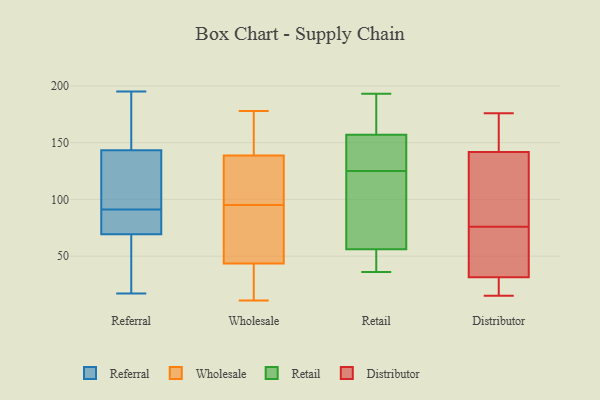
{"axis": {"x": "Production Output", "y": "Value"}, "legend": ["Distributor", "Referral", "Retail", "Wholesale"], "data": [{"x": "", "y": 68, "type": "Referral"}, {"x": "", "y": 73, "type": "Referral"}, {"x": "", "y": 91, "type": "Referral"}, {"x": "", "y": 114, "type": "Referral"}, {"x": "", "y": 162, "type": "Referral"}, {"x": "", "y": 84, "type": "Referral"}, {"x": "", "y": 195, "type": "Referral"}, {"x": "", "y": 17, "type": "Referral"}, {"x": "", "y": 51, "type": "Referral"}, {"x": "", "y": 153, "type": "Referral"}, {"x": "", "y": 111, "type": "Referral"}, {"x": "", "y": 110, "type": "Wholesale"}, {"x": "", "y": 31, "type": "Wholesale"}, {"x": "", "y": 55, "type": "Wholesale"}, {"x": "", "y": 149, "type": "Wholesale"}, {"x": "", "y": 178, "type": "Wholesale"}, {"x": "", "y": 136, "type": "Wholesale"}, {"x": "", "y": 119, "type": "Wholesale"}, {"x": "", "y": 46, "type": "Wholesale"}, {"x": "", "y": 36, "type": "Wholesale"}, {"x": "", "y": 147, "type": "Wholesale"}, {"x": "", "y": 95, "type": "Wholesale"}, {"x": "", "y": 147, "type": "Wholesale"}, {"x": "", "y": 15, "type": "Wholesale"}, {"x": "", "y": 11, "type": "Wholesale"}, {"x": "", "y": 86, "type": "Wholesale"}, {"x": "", "y": 122, "type": "Wholesale"}, {"x": "", "y": 51, "type": "Wholesale"}, {"x": "", "y": 127, "type": "Retail"}, {"x": "", "y": 157, "type": "Retail"}, {"x": "", "y": 40, "type": "Retail"}, {"x": "", "y": 36, "type": "Retail"}, {"x": "", "y": 159, "type": "Retail"}, {"x": "", "y": 193, "type": "Retail"}, {"x": "", "y": 147, "type": "Retail"}, {"x": "", "y": 68, "type": "Retail"}, {"x": "", "y": 168, "type": "Retail"}, {"x": "", "y": 91, "type": "Retail"}, {"x": "", "y": 56, "type": "Retail"}, {"x": "", "y": 67, "type": "Retail"}, {"x": "", "y": 51, "type": "Retail"}, {"x": "", "y": 139, "type": "Retail"}, {"x": "", "y": 160, "type": "Retail"}, {"x": "", "y": 52, "type": "Retail"}, {"x": "", "y": 145, "type": "Retail"}, {"x": "", "y": 123, "type": "Retail"}, {"x": "", "y": 146, "type": "Distributor"}, {"x": "", "y": 27, "type": "Distributor"}, {"x": "", "y": 15, "type": "Distributor"}, {"x": "", "y": 20, "type": "Distributor"}, {"x": "", "y": 62, "type": "Distributor"}, {"x": "", "y": 146, "type": "Distributor"}, {"x": "", "y": 33, "type": "Distributor"}, {"x": "", "y": 76, "type": "Distributor"}, {"x": "", "y": 73, "type": "Distributor"}, {"x": "", "y": 104, "type": "Distributor"}, {"x": "", "y": 105, "type": "Distributor"}, {"x": "", "y": 31, "type": "Distributor"}, {"x": "", "y": 129, "type": "Distributor"}, {"x": "", "y": 146, "type": "Distributor"}, {"x": "", "y": 176, "type": "Distributor"}]}